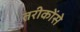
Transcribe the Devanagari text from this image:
तरीकोंसे